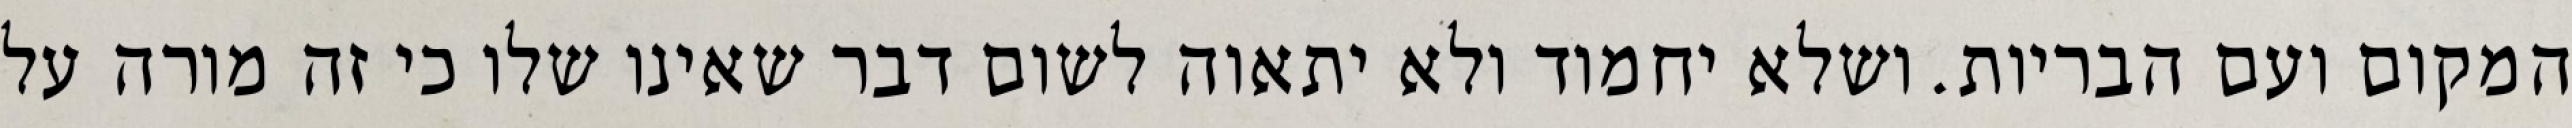
המקום ועם הבריות. ושלא יחמוד ולא יתאוה לשום דבר שאינו שלו כי זה מורה על